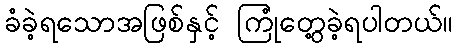
ခံခဲ့ရသောအဖြစ်နှင့် ကြုံတွေ့ခဲ့ရပါတယ်။